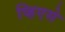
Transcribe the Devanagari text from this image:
व्हिएसे